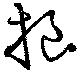
桹